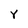
Character: Y